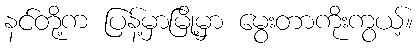
နင်တို့က ပြန့်မှာမြို့မှာ မွေးတာကိုးကွယ့်။